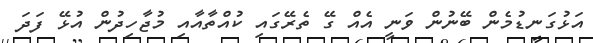
އަޅުގަނޑުމެން ބޭނުން ވަނީ އެއް ގޭ ތެރޭގައި ކުއްތާއާއި މުޖާހިދުން އުޅޭ ފަދަ